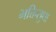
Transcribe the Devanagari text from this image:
भक्तिसुधा